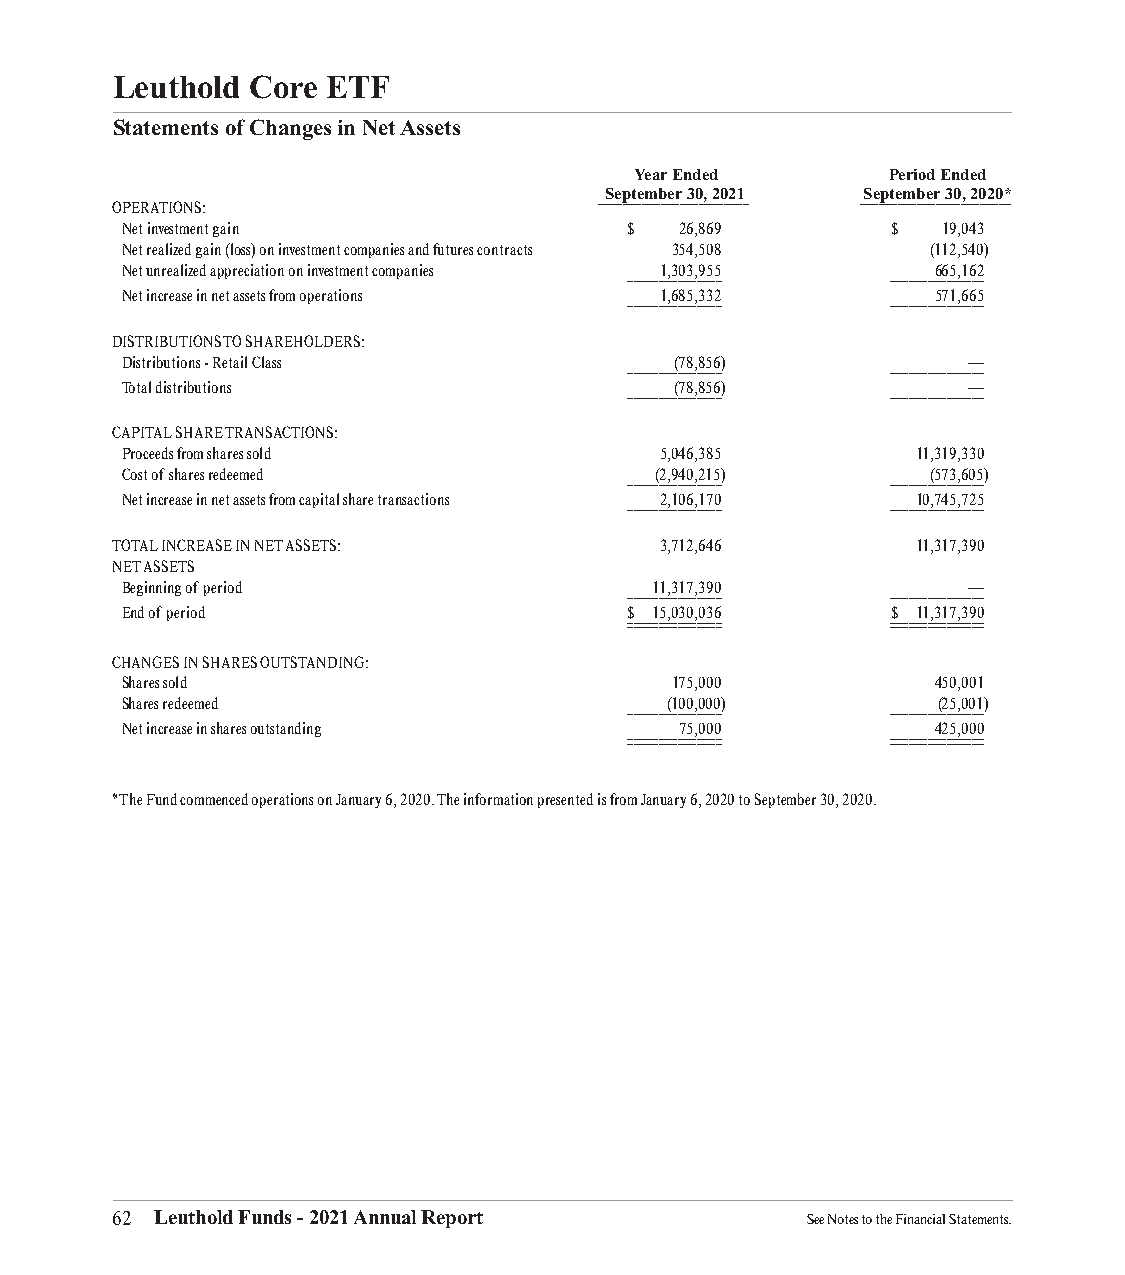
Leuthold Core  ETF
 Statements of Changes in Net Assets
 Year Ended       Period Ended
 September 30, 2021 September 30, 2020*
 ________________________ ________________________
 OPERATIONS:
 Net investment gain               $  26,869        $  19,043
 Net realized gain (loss) on investment companies and futures contracts 354,508 (112,540)
 Net unrealized appreciation on investment companies 1,303,955 665,162
 _______________  _______________
 Net increase in net assets from operations 1,685,332  571,665
 _______________  _______________
 DISTRIBUTIONS TO SHAREHOLDERS:
 Distributions - Retail Class         (78,856)           —
 _______________  _______________
 Total distributions                  (78,856)           —
 _______________  _______________
 CAPITAL SHARE TRANSACTIONS:
 Proceeds from shares sold           5,046,385        11,319,330
 Cost of shares redeemed            (2,940,215)        (573,605)
 _______________  _______________
 Net increase in net assets from capital share transactions 2,106,170 10,745,725
 _______________  _______________
 TOTAL INCREASE IN NET ASSETS:        3,712,646        11,317,390
 NET ASSETS
 Beginning of period                11,317,390           —
 _______________  _______________
 End of period                     $ 15,030,036     $ 11,317,390
 ______________________________ ______________________________
 CHANGES IN SHARES OUTSTANDING:
 Shares sold                         175,000           450,001
 Shares redeemed                     (100,000)         (25,001)
 _______________  _______________
 Net increase in shares outstanding   75,000           425,000
 ______________________________ ______________________________
 * The Fund commenced operations on January 6, 2020. The information presented is from January 6, 2020 to September 30, 2020.
 62 Leuthold Funds - 2021 Annual Report        See Notes to the Financial Statements.